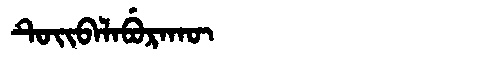
Manchu: ᡨᡠᡳᠪᠠᠯᠠᠪᡠᡵᠠᡴᡡ
Romanization: TUIBALABURAKŪ